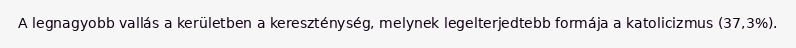
A legnagyobb vallás a kerületben a kereszténység, melynek legelterjedtebb formája a katolicizmus (37,3%).